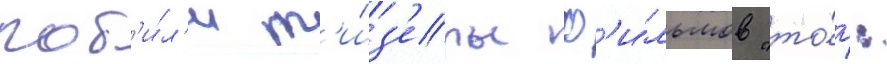
поб'и́л'и т'и́з'еры ф'и́льмов "то́р: